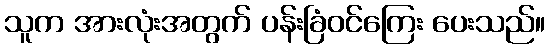
သူက အားလုံးအတွက် ပန်းခြံဝင်ကြေး ပေးသည်။